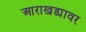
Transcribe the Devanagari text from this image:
आराखड्यावर